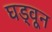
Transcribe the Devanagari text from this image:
घड्वून